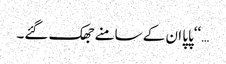
…‘‘پاپا ان کے سامنے جھک گئے۔